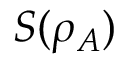
S ( \rho _ { A } )